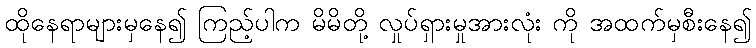
ထိုနေရာများမှနေ၍ ကြည့်ပါက မိမိတို့ လှုပ်ရှားမှုအားလုံး ကို အထက်မှစီးနေ၍